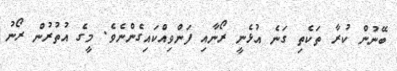
ބޭނުން ކުރާ ތަކެތި ގަނެ އުޅެނީ ރޯނާއި ފަންވިއްކައިގެންނެވެ. މީގެ އުތުރުން ރޯނު